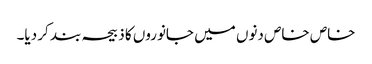
خاص خاص دنوں میں جانوروں کا ذبیحہ بند کر دیا۔